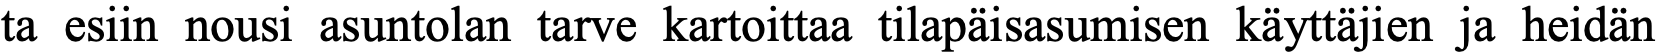
ta esiin nousi asuntolan tarve kartoittaa tilapäisasumisen käyttäjien ja heidän